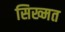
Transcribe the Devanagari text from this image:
सिख्मत